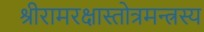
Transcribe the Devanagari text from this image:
श्रीरामरक्षास्तोत्रमन्त्रस्य